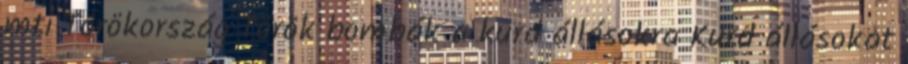
mti Törökország Török bombák a kurd állásokra Kurd állásokat